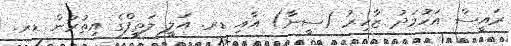
ރައީސް އަހުމަދު ޒާހިރު (ސީނާ) އާއި ޑރ. އަލީ ލަތީފްގެ އިތުރުން ޑރ.